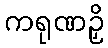
ကရုဏဉှိ